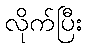
လိုက်ပြီး